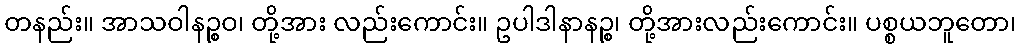
တနည်း။ အာသဝါနဉ္စဝ၊ တို့အား လည်းကောင်း။ ဥပါဒါနာနဉ္စ၊ တို့အားလည်းကောင်း။ ပစ္စယဘူတော၊